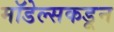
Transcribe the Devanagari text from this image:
मॉडेल्सकडून